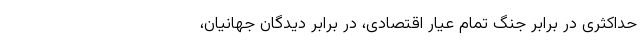
حداکثری در برابر جنگ تمام عیار اقتصادی، در برابر دیدگان جهانیان،